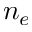
n _ { e }